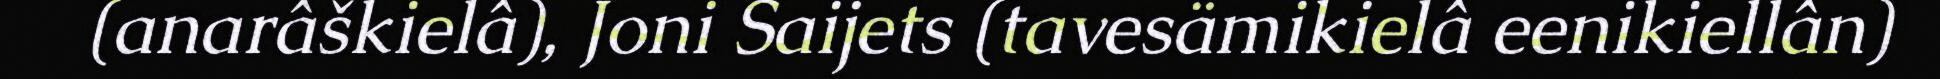
(anarâškielâ), Joni Saijets (tavesämikielâ eenikiellân)